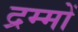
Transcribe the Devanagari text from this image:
द्रम्मों